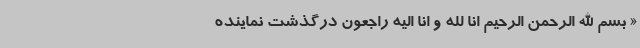
« بسم الله الرحمن الرحیم انا لله و انا الیه راجعون درگذشت نماینده